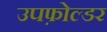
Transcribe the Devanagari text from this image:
उपफ़ोल्डर